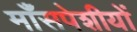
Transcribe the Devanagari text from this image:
माँसपेशीयों